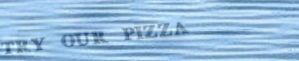
TRY OUR PIZZA